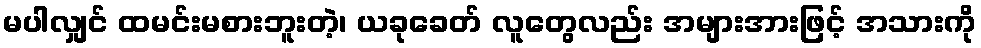
မပါလျှင် ထမင်းမစားဘူးတဲ့၊ ယခုခေတ် လူတွေလည်း အများအားဖြင့် အသားကို